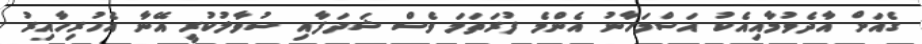
ގެއަށް އާދެވުމާއިއެކު އަސްމަހާނު އެންމެ ފުރަތަމަ ވެސް ޝަދަފާއި ސުވާލުކުރީ އޭނާ އެހުރިހާއިރު